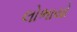
લોભાયો